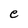
Character: e